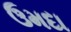
ઉમદા